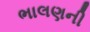
ભાલણની